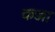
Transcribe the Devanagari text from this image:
कज्जा